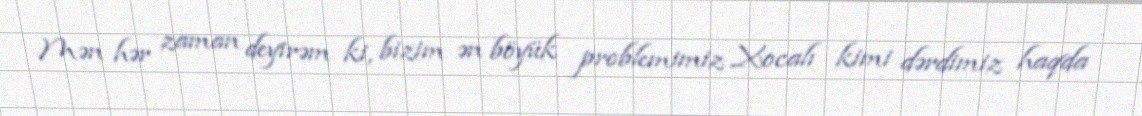
Mən hər zaman deyirəm ki, bizim ən böyük problemimiz Xocalı kimi dərdimiz haqda